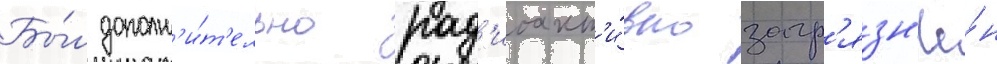
Бы́л дополн'и́т'ельно рад'иоакт'и́вно загр'язн'ё́н